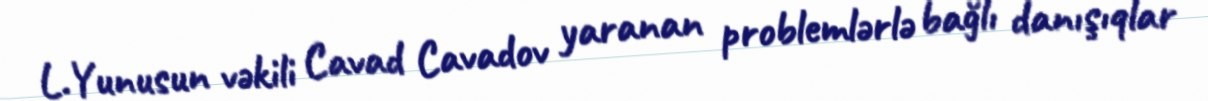
L.Yunusun vəkili Cavad Cavadov yaranan problemlərlə bağlı danışıqlar